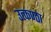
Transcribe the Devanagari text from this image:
उत्‍कण्‍ठा